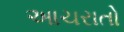
આચરાતો